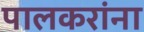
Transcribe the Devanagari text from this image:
पालकरांना